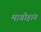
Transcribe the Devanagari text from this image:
माबोहांग